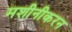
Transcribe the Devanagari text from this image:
मशीनीकरन